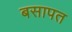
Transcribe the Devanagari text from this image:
बसापत